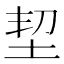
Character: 𡊷